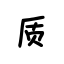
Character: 质